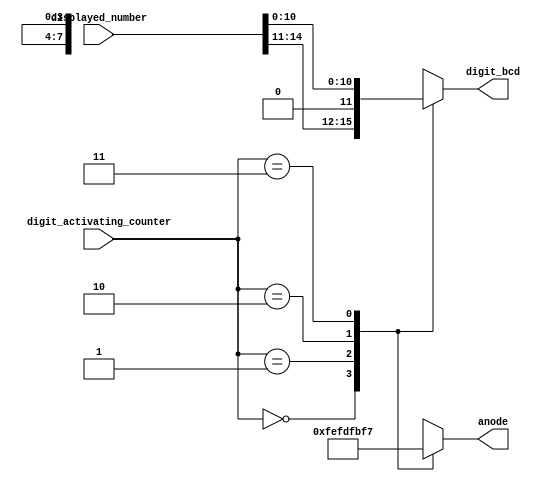
`timescale 1ns / 1ps
//////////////////////////////////////////////////////////////////////////////////
// Company: 
// 
// Design Name: 
// Module Name: digit_select
// Project Name: 
// Target Devices: 
// Tool Versions: 
// Description: //Utilizes decoder to pick anode signals that will choose which digit to display.
// 
// Dependencies: 
// 
// Revision:
// Revision 0.01 - File Created
// Additional Comments:
// 
//////////////////////////////////////////////////////////////////////////////////


module digit_select(
    input [1:0] digit_activating_counter,
    input [15:0] displayed_number,
    output reg [7:0] anode,
    output reg [3:0] digit_bcd
    );
    always @(*) begin
        case(digit_activating_counter)
        2'b00: begin
            anode = 8'b1111_1110; //first digit
            digit_bcd = displayed_number[15:11]; //1st digit of 16-bit displayed number
               end
        2'b01: begin
            anode = 8'b1111_1101; //second digit
            digit_bcd = displayed_number[10:8]; //2nd digit of 16-bit displayed number
               end
        2'b10: begin
            anode = 8'b1111_1011; //third digit
            digit_bcd = displayed_number[7:4]; //3rd digit of 16-bit displayed number
               end
        2'b11: begin
            anode = 8'b1111_0111; //fourth digit
            digit_bcd = displayed_number[3:0]; //4th digit of 16-bit displayed number
               end
        default : begin
            anode = 8'b1111_1110; //defaut to first digit
            digit_bcd = displayed_number[15:11];
               end
        endcase
    end
endmodule